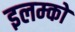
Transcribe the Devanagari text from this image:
इलम्को